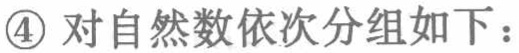
\textcircled{4} 对自然数依次分组如下：